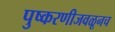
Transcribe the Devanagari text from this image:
पुष्करणीजवळूनच